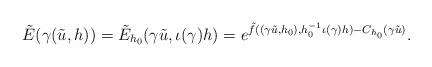
LaTeX: \begin{align*}\tilde{E}(\gamma(\tilde{u},h)) = \tilde{E}_{h_0}(\gamma\tilde{u},\iota(\gamma)h) = e^{\tilde{f}((\gamma\tilde{u},h_0),h_0^{-1}\iota(\gamma)h )- C_{h_0}(\gamma \tilde{u})}.\end{align*}